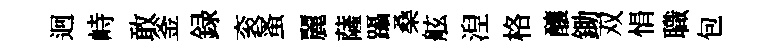
迥峙敢釜録衮蚤麗薩躡桑舷湼格釀鋤双悁職包